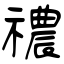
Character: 禯